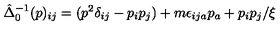
\hat { \Delta } _ { 0 } ^ { - 1 } ( p ) _ { i j } = ( p ^ { 2 } \delta _ { i j } - p _ { i } p _ { j } ) + m \epsilon _ { i j a } p _ { a } + p _ { i } p _ { j } / \xi